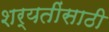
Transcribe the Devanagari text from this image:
शर्यतींसाठी